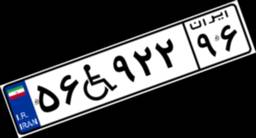
۱۳W۲۳۵۹۷